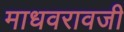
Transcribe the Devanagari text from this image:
माधवरावजी